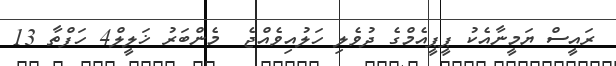
ރައީސް ޔަމީނާއެކު ޕީޕީއެމްގެ ދުވެލި ހަލުއިވެއްޖެ  މެންބަރު ޚަލީލް4 ހަފްތާ 13